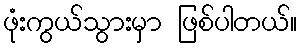
ဖုံးကွယ်သွားမှာ ဖြစ်ပါတယ်။